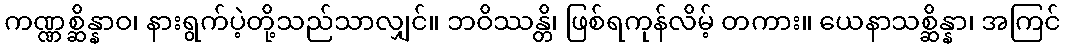
ကဏ္ဏစ္ဆိန္နာဝ၊ နားရွက်ပဲ့တို့သည်သာလျှင်။ ဘဝိဿန္တိ၊ ဖြစ်ရကုန်လိမ့် တကား။ ယေနာသစ္ဆိန္နာ၊ အကြင်